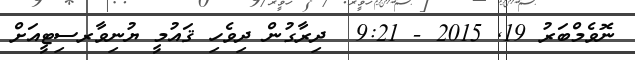
ނޮވެމްބަރު 19